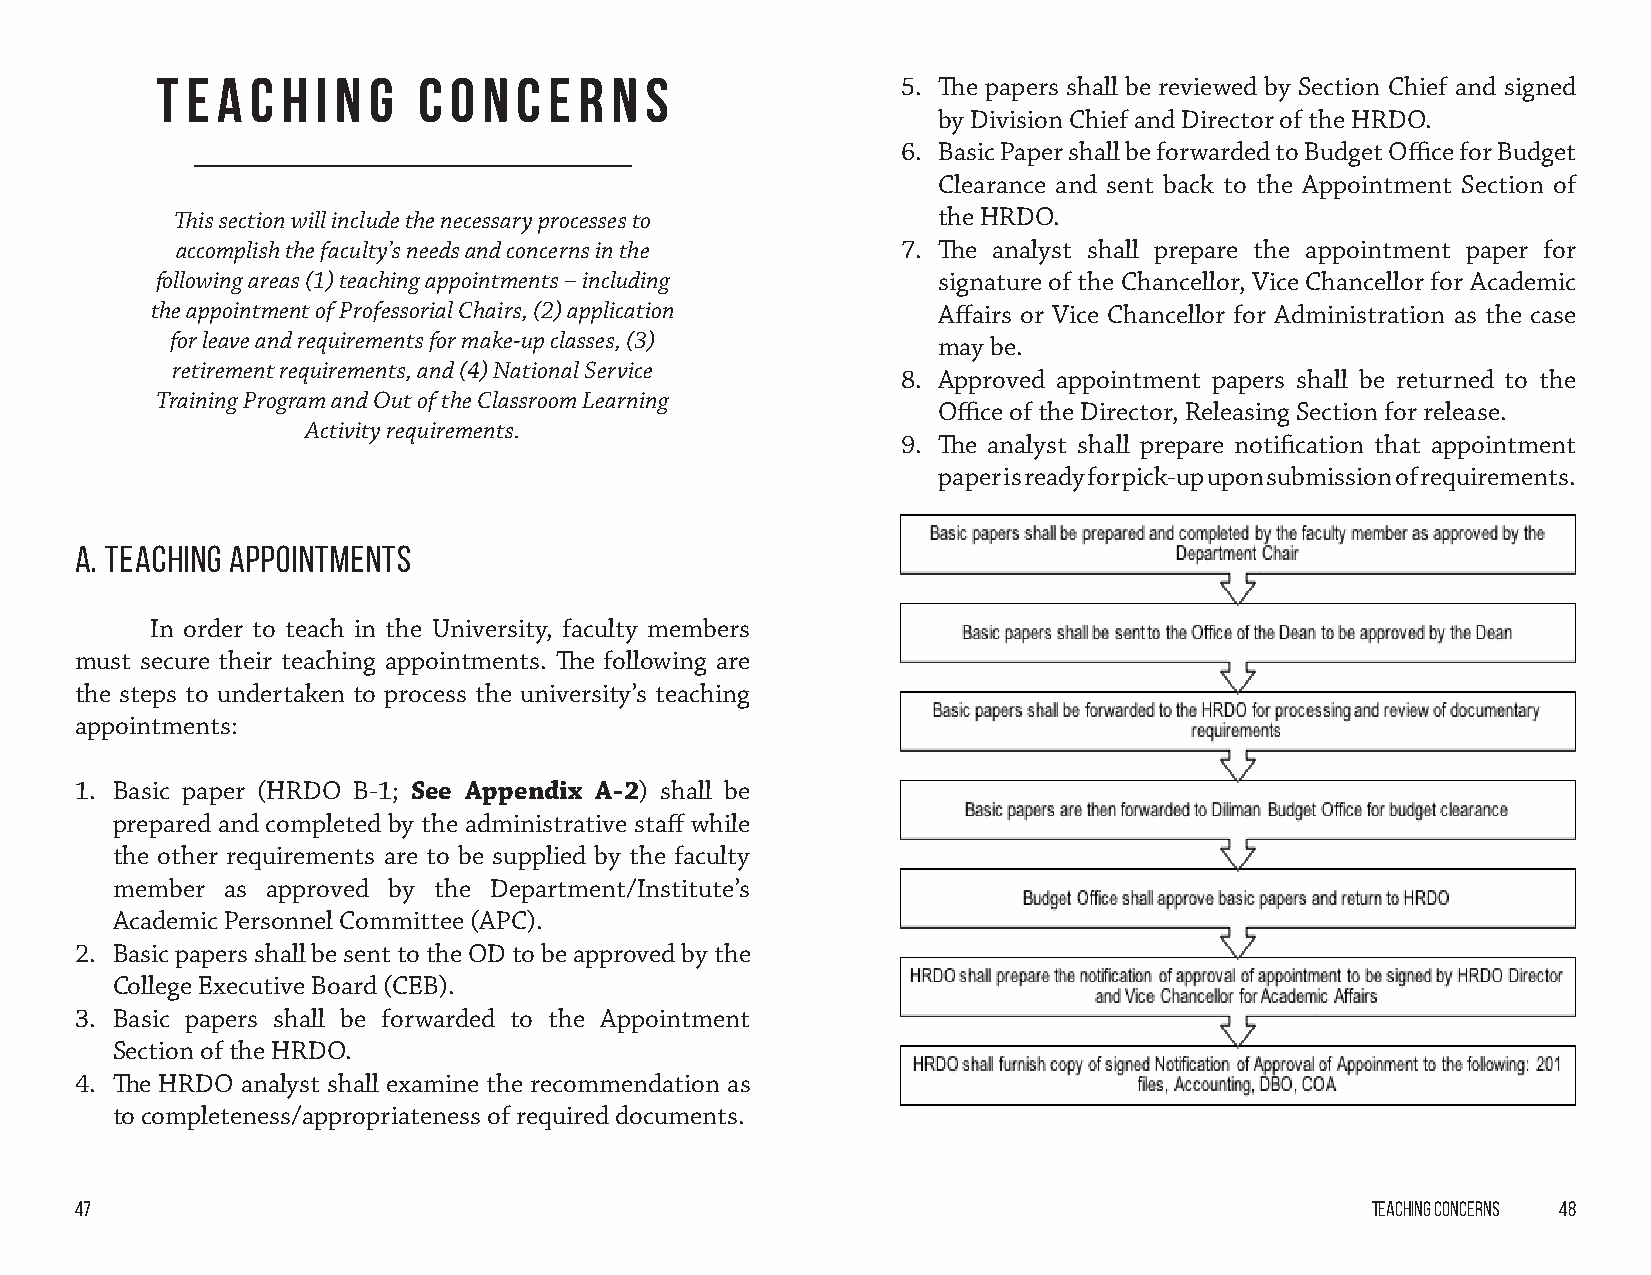
T e a  c h i n g  C O N C E R N  S                5. The papers shall be reviewed by Section Chief and signed
 by Division Chief and Director of the HRDO.
 6. Basic Paper shall be forwarded to Budget Office for Budget
 Clearance and sent back to the Appointment Section of
 This section will include the necessary processes to the HRDO.
 accomplish the faculty’s needs and concerns in the 7. The analyst shall prepare the appointment paper for
 following areas (1) teaching appointments – including signature of the Chancellor, Vice Chancellor for Academic
 the appointment of Professorial Chairs, (2) application Affairs or Vice Chancellor for Administration as the case
 for leave and requirements for make-up classes, (3) may be.
 retirement requirements, and (4) National Service
 8. Approved appointment papers shall be returned to the
 Training Program and Out of the Classroom Learning
 Office of the Director, Releasing Section for release.
 Activity requirements.
 9. The analyst shall prepare notification that appointment
 paper is ready for pick-up upon submission of requirements.
 A. Teaching Appointments
 In order to teach in the University, faculty members
 must secure their teaching appointments. The following are
 the steps to undertaken to process the university’s teaching
 appointments:
 1. Basic paper (HRDO B-1; See Appendix A-2) shall be
 prepared and completed by the administrative staff while
 the other requirements are to be supplied by the faculty
 member  as approved by the Department/Institute’s
 Academic Personnel Committee (APC).
 2. Basic papers shall be sent to the OD to be approved by the
 College Executive Board (CEB).
 3. Basic papers shall be forwarded to the Appointment
 Section of the HRDO.
 4. The HRDO analyst shall examine the recommendation as
 to completeness/appropriateness of required documents.
 47                                                                                    Teaching Concerns 48